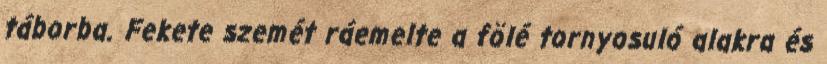
táborba. Fekete szemét ráemelte a fölé tornyosuló alakra és